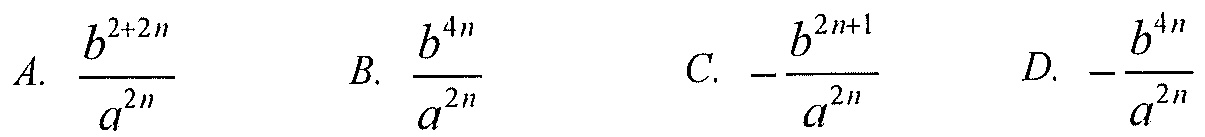
A. $\frac{b^{2 + 2n}}{a^{2n}}$
B. $\frac{b^{4n}}{a^{2n}}$
C. $-\frac{b^{2n + 1}}{a^{2n}}$
D. $-\frac{b^{4n}}{a^{2n}}$